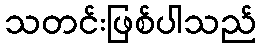
သတင်းဖြစ်ပါသည်